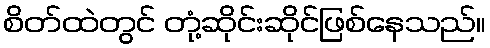
စိတ်ထဲတွင် တုံ့ဆိုင်းဆိုင်ဖြစ်နေသည်။